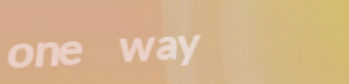
one way